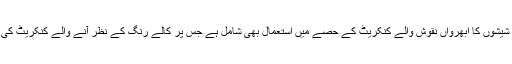
ان میں مختلف ناپ کے شیشوں کا ابھرواں نقوش والے کنکریٹ کے حصے میں استعمال بھی شامل ہے جس پر کالے رنگ کے نظر آنے والے کنکریٹ کی تہہ پوشی کی گئی ہے۔